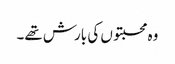
وہ محبتوں کی بارش تھے۔